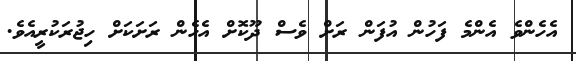
އެހެންވެ އެންމެ ފަހުން އުފަން ރަށް ވެސް ދޫކޮށް އެހެން ރަށަކަށް ހިޖުރަކުރީއެވެ.